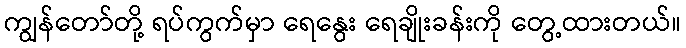
ကျွန်တော်တို့ ရပ်ကွက်မှာ ရေနွေး ရေချိုးခန်းကို တွေ့ထားတယ်။